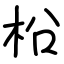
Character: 柗